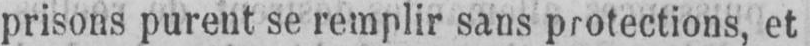
prisons purent se remplir sans protections, et